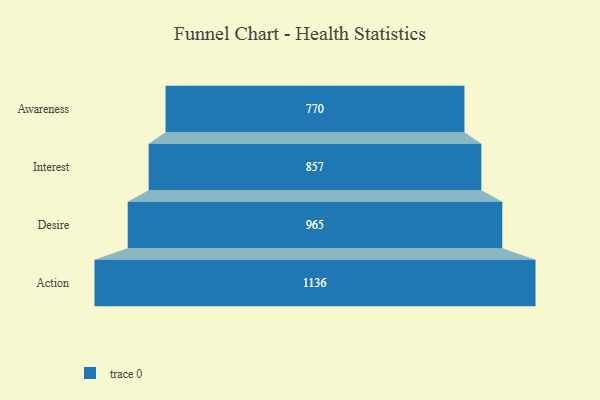
{"axis": {"x": "Stage", "y": "Value"}, "legend": [""], "data": [{"x": "Awareness", "y": 770.0, "type": ""}, {"x": "Interest", "y": 857.0, "type": ""}, {"x": "Desire", "y": 965.0, "type": ""}, {"x": "Action", "y": 1136.0, "type": ""}]}